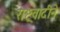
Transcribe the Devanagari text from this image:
राष्ट्रवादीने